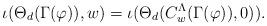
LaTeX: \begin{align*}\iota(\Theta_d(\Gamma(\varphi)),w)=\iota(\Theta_d(C_w^\Lambda(\Gamma(\varphi)),0)).\end{align*}